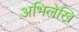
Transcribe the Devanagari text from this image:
अभिलेखि